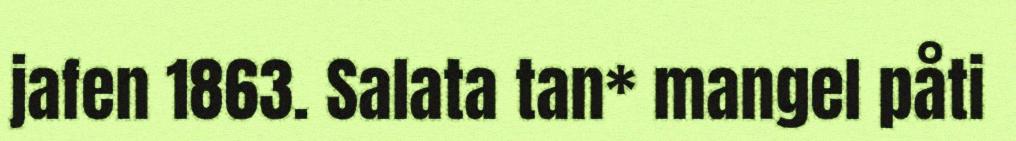
jafen 1863. Salata tan* mangel påti